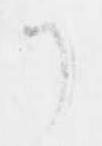
了